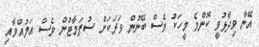
އޭނާ ވިދާޅުވީ ކޮންމެ މީހަކު ވެސް ބޭނުން ވަރަކަށް ސުޕަމާޓުން ވެސް އަލުއްވާއި